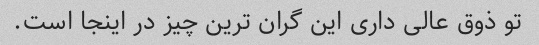
تو ذوق عالی داری این گران ترین چیز در اینجا است.